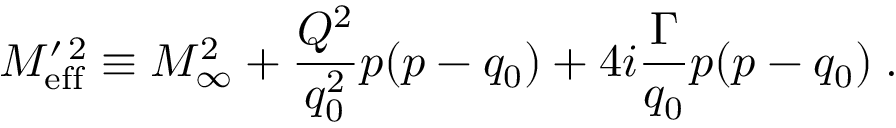
M _ { \mathrm { e f f } } ^ { \prime \, 2 } \equiv M _ { \infty } ^ { 2 } + { \frac { Q ^ { 2 } } { q _ { 0 } ^ { 2 } } } p ( p - q _ { 0 } ) + 4 i { \frac { \Gamma } { q _ { 0 } } } p ( p - q _ { 0 } ) \; .